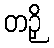
တဉှိ